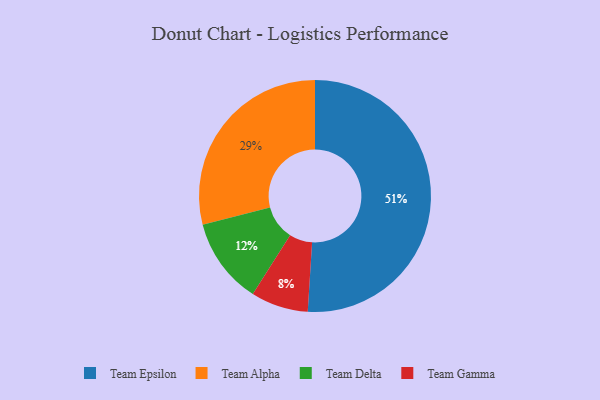
{"axis": {"x": "Category", "y": "Percentage"}, "legend": ["Team Alpha", "Team Delta", "Team Epsilon", "Team Gamma"], "data": [{"x": "Team Gamma", "y": 8, "type": "Team Gamma"}, {"x": "Team Epsilon", "y": 51, "type": "Team Epsilon"}, {"x": "Team Delta", "y": 12, "type": "Team Delta"}, {"x": "Team Alpha", "y": 29, "type": "Team Alpha"}]}